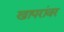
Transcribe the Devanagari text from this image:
खापरांवर